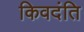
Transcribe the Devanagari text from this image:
किवदंति